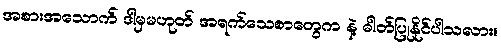
အစားအသောက် ဒါမှမဟုတ် အရက်သေစာတွေက နဲ့ ဓါတ်ပြုနိုင်ပါသလား။